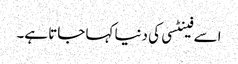
اسے فینٹسی کی دنیا کہا جاتا ہے۔